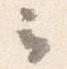
云